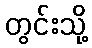
တွင်းသို့